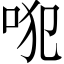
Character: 𠱍